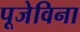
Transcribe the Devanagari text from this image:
पूजेविना